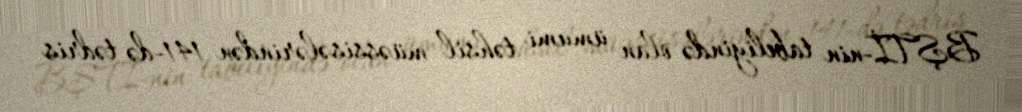
BŞTİ-nin tabeliyində olan ümumi təhsil müəssisələrindən 141-də tədris